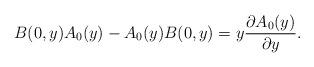
LaTeX: \begin{align*}B(0,y) A_0(y) - A_0(y) B(0,y) = y\frac{\partial A_0(y)}{\partial y}.\end{align*}